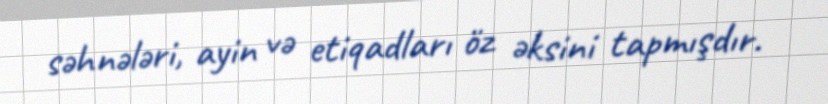
səhnələri, ayin və etiqadları öz əksini tapmışdır.